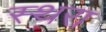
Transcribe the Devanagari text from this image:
स्थरा